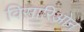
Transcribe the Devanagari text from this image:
विसारिओन